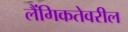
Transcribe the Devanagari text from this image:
लैंगिकतेवरील